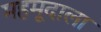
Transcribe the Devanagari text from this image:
महमूदाला